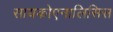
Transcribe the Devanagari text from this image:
सायकोएनालिसिस